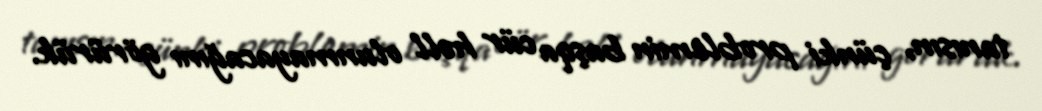
tanısın, çünki problemin başqa cür həll olunmayacağını görürük.